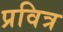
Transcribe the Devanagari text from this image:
प्रवित्र